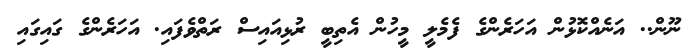
ނޫން.. އަނެއްކޮޅުން އަހަރެންގެ ފެމެލީ މީހުން އެތިބީ ރުޅިއައިސް ރަތްވެފައި. އަހަރެންގެ ގައިގައި